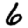
Digit: 6